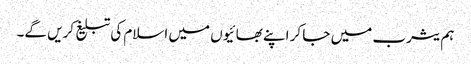
ہم یثرب میں جا کر اپنے بھائیوں میں اسلام کی تبلیغ کریں گے۔